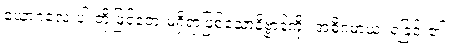
ယောဂလေးပါးတို့ဖြင့်ဘေးမရှိရာဖြစ်သောနိဗ္ဗာန်ကို။ အဓိဂမာယ၊ ရခြင်း၏။